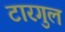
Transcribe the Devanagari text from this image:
टारगुल